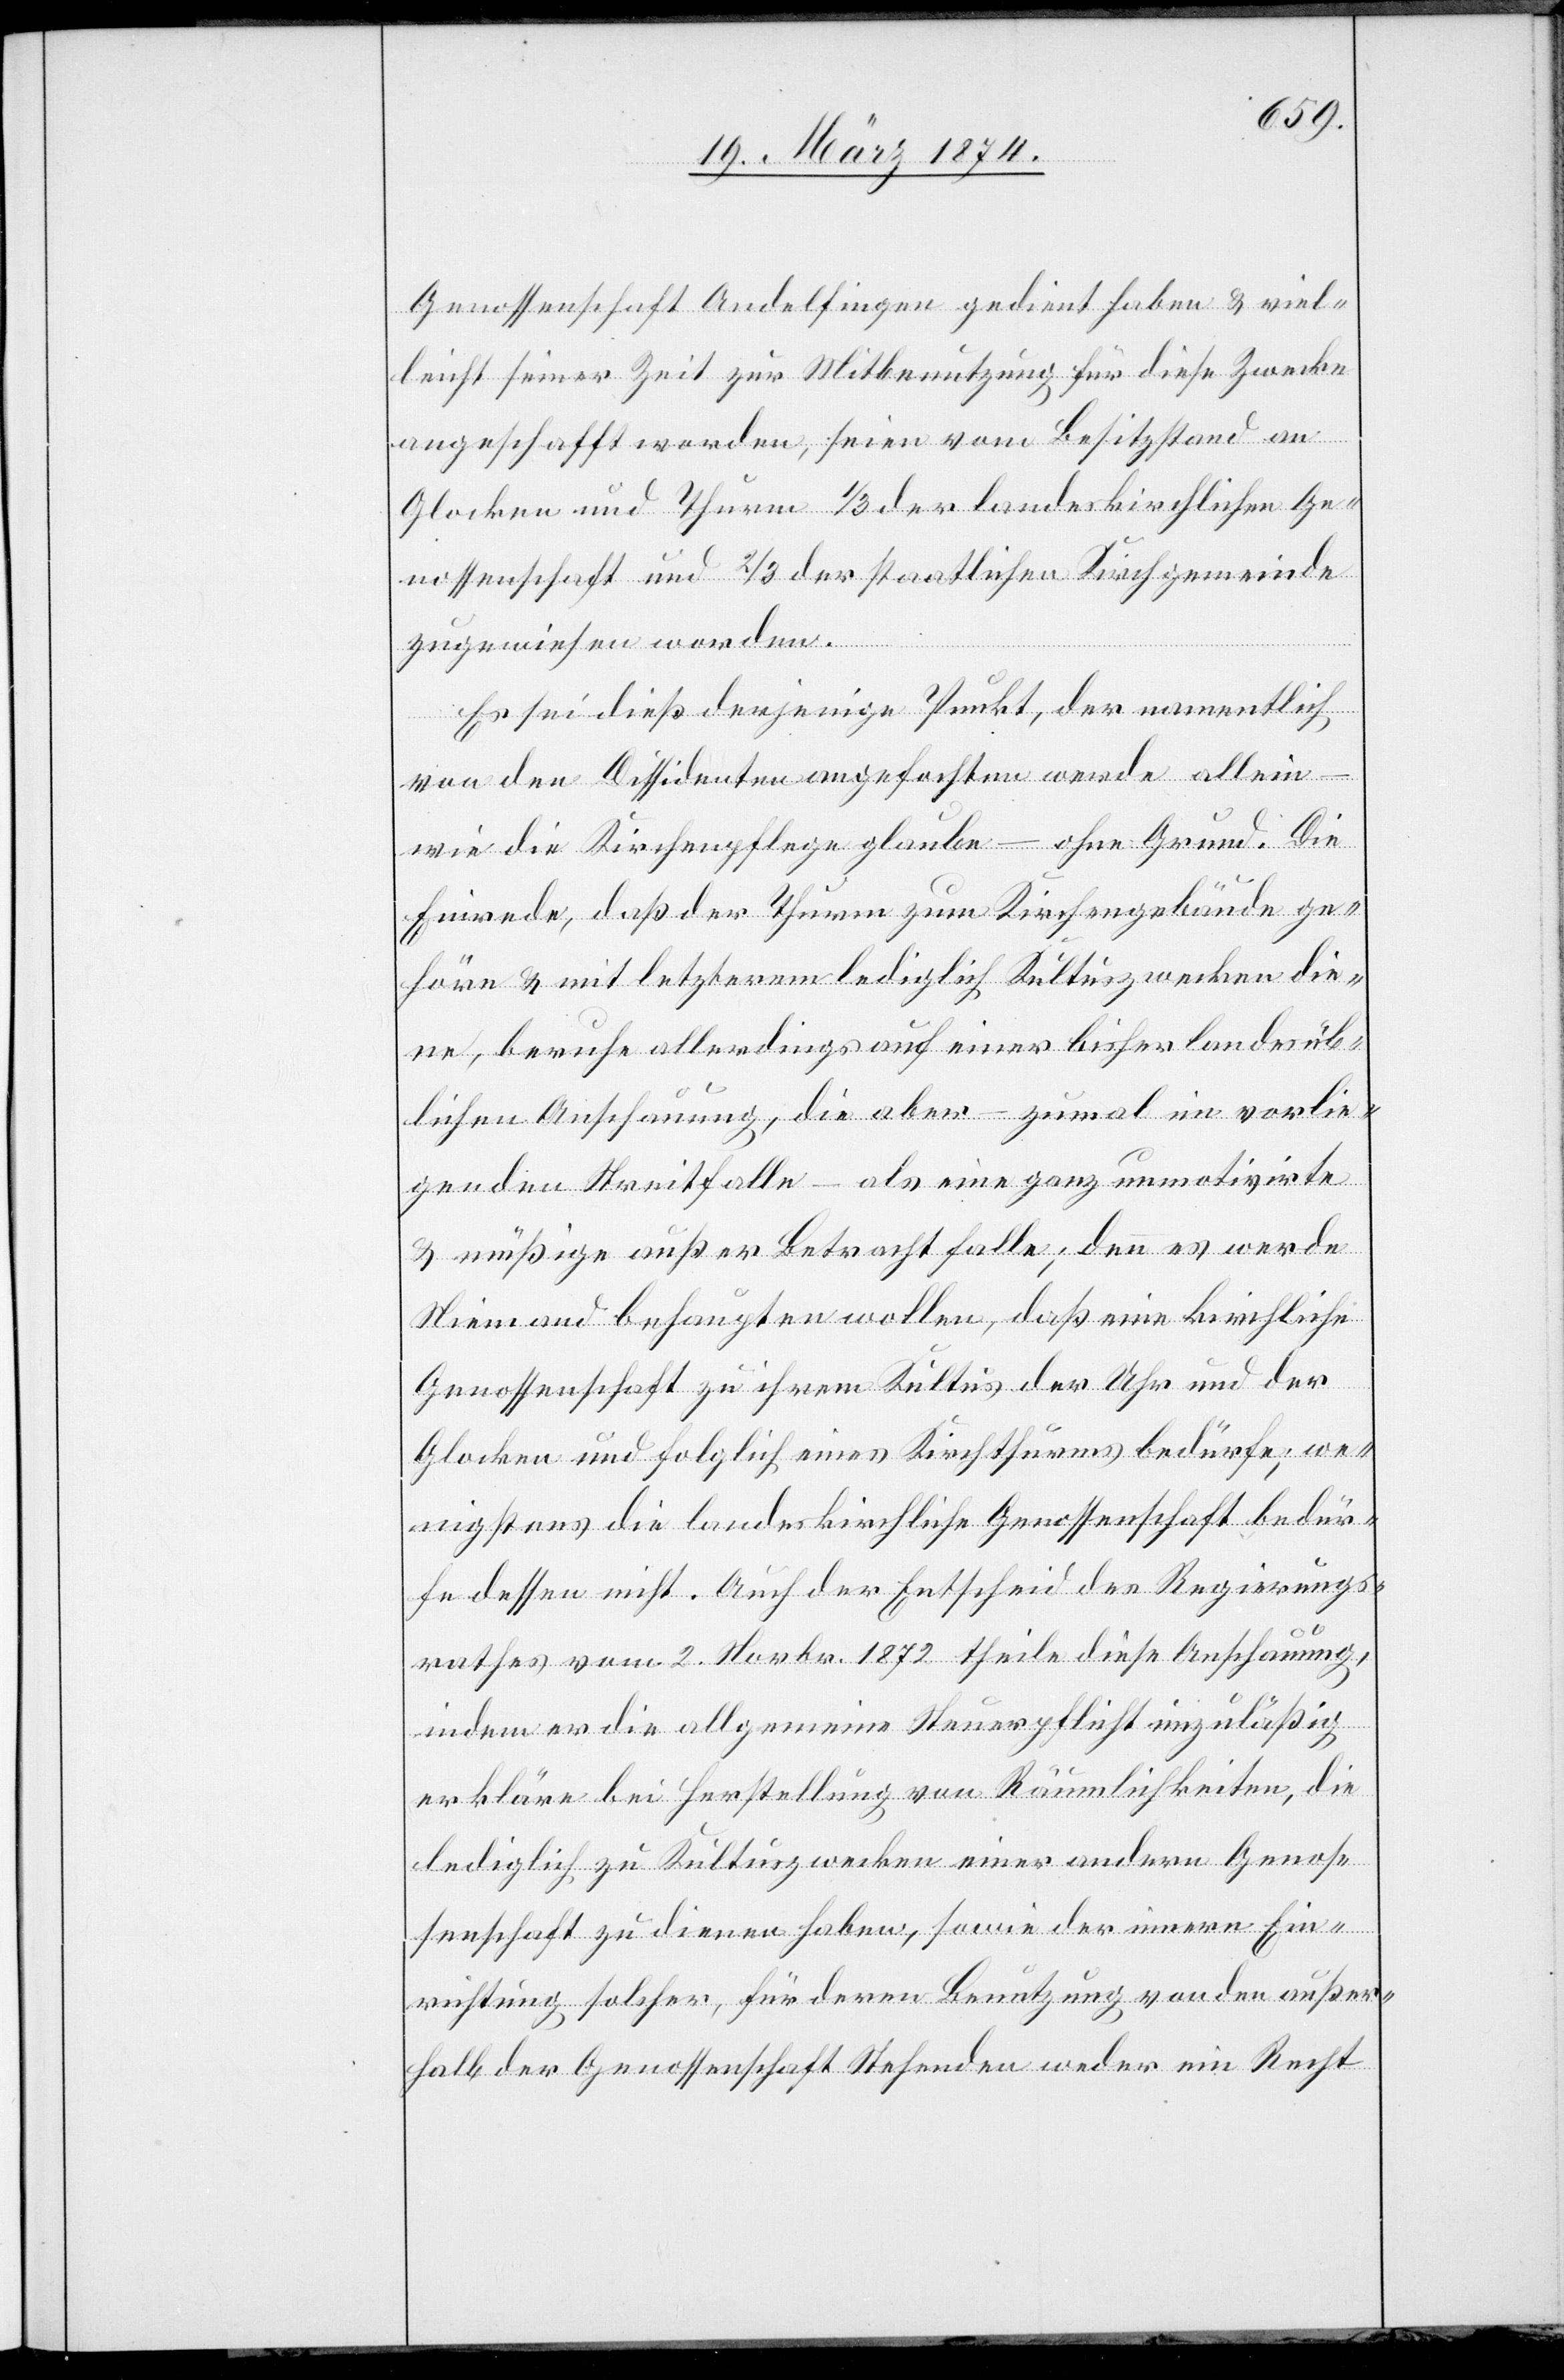
Genossenschaft Andelfingen gedient haben u. viel¬
leicht seiner Zeit zur Mitbenutzung für diese Zwecke
angeschafft worden, seien von Besitzstand an
Glocken und Thüren 1/3 der landeskirchlichen Ge¬
nossenschaft und 2/3 der staatlichen Kirchgemeinde
zugewiesen worden.
Es sei dieß derjenige Punkt, der namentlich
von den Dissidenten angefochten werde allein
wie die Kirchenpflege glaube – ohne Grund. Die
Einrede, daß der Thurm zum Kirchengebäude ge¬
höre u. mit letzterem lediglich Kultuszwecken die¬
ne, beruhe allerdings auf einer bisher landesüb¬
lichen Anschauung, die aber – zumal im vorlie¬
genden Streitfalle – als eine ganz unmotivirte
u. müßige außer Betracht falle; denn es werde
Niemand behaupten wollen, daß eine kirchliche
Genossenschaft zu ihrem Kultus der Uhr und der
Glocken und folglich eines Kirchthurms bedürfe; we¬
nigstens die landeskirchliche Genossenschaft bedür¬
fe dessen nicht. Auch der Entscheid des Regierungs¬
rathes vom 2. Novbr. 1872 theile diese Anschauung,
indem er die allgemeine Steuerpflicht unzuläßig
erkläre bei Herstellung von Räumlichkeiten, die
lediglich zu Kultuszwecken einer andern Genos¬
senschaft zu dienen haben, sowie der innern Ein¬
richtung solcher, für deren Benutzung von den außer¬
halb der Genossenschaft Stehenden weder ein Recht